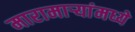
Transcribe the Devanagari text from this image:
मारामाऱ्यांमध्ये